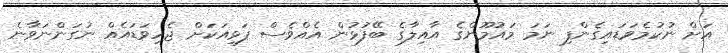
އަށް ނުކުމެވަޑައިގެންފި ނަމަ މައުމޫންގެ އާއިލާގެ ބޭފުޅުން އެއްވެސް ފަޅިއަކަށް ޖެހިވަޑައެއް ނުގަންނަވާނެ